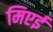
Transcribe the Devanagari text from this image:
मिएई